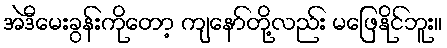
အဲဒီမေးခွန်းကိုတော့ ကျနော်တို့လည်း မဖြေနိုင်ဘူး။